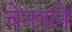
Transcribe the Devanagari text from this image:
चेन्लाने